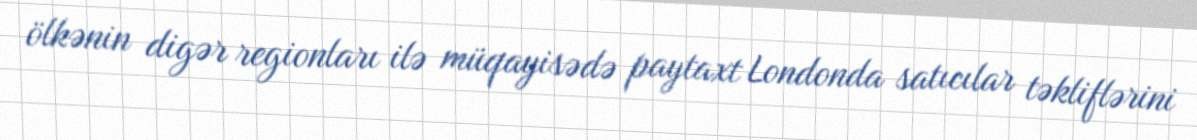
ölkənin digər regionları ilə müqayisədə paytaxt Londonda satıcılar təkliflərini